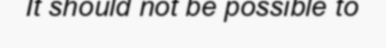
It should not be possible to